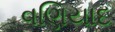
વણિયાદ